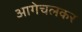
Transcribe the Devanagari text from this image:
आगेचलकर